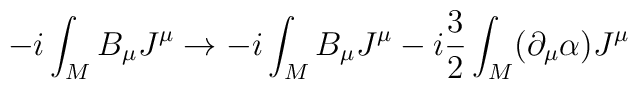
-i\int_M B_\mu J^\mu \rightarrow -i\int_M B_\mu J^\mu -i\frac{3}{2}\int_M(\partial_\mu \alpha)J^\mu